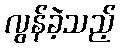
လွန်ခဲ့သည့်